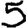
Digit: 5